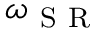
\omega _ { \mathrm { ~ S ~ R ~ } }